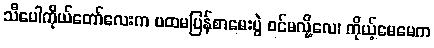
သီပေါကိုယ်တော်လေးက ပထမပြန်စာမေးပွဲ ဝင်မလို့လေ၊ ကိုယ့်မေမေက